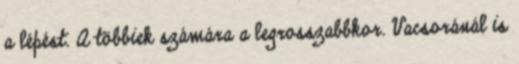
a lépést. A többiek számára a legrosszabbkor. Vacsoránál is